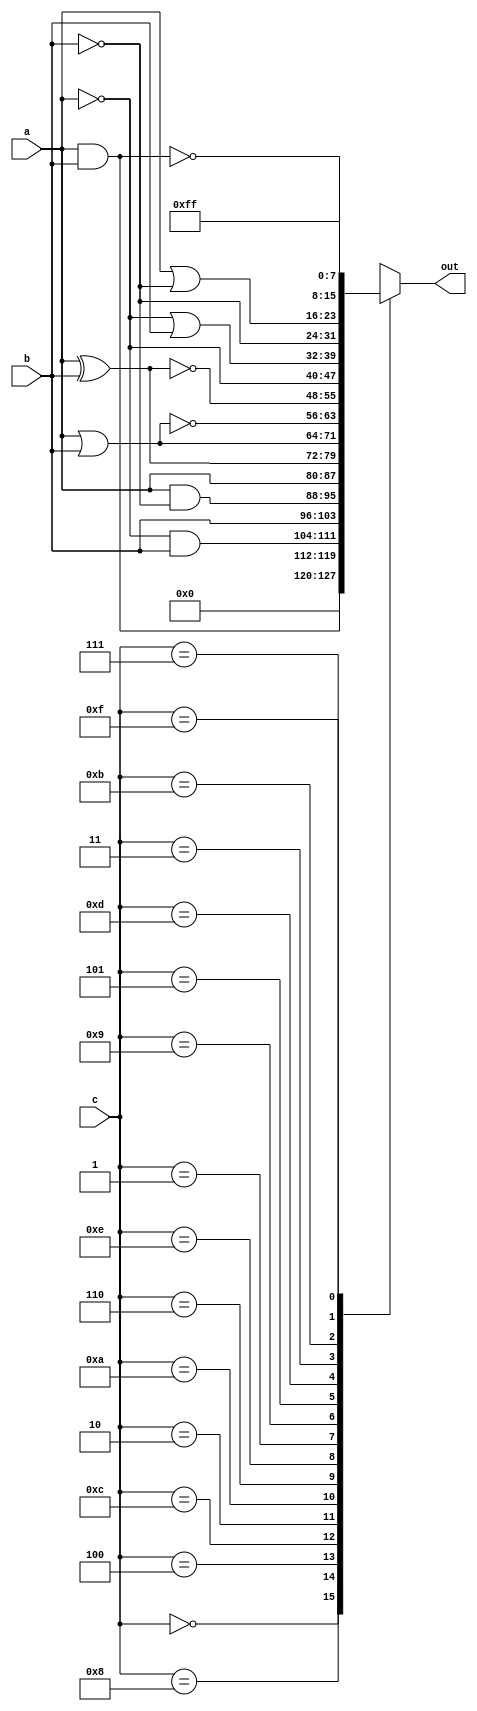
/*
   This file was generated automatically by the Mojo IDE version B1.3.2.
   Do not edit this file directly. Instead edit the original Lucid source.
   This is a temporary file and any changes made to it will be destroyed.
*/

module boolean_10 (
    input [7:0] a,
    input [7:0] b,
    input [3:0] c,
    output reg [7:0] out
  );
  
  
  
  always @* begin
    
    case (c[0+3-:4])
      4'h0: begin
        out = 1'h0;
      end
      4'h8: begin
        out = a & b;
      end
      4'h4: begin
        out = (~a) & b;
      end
      4'hc: begin
        out = b;
      end
      4'h2: begin
        out = a & (~b);
      end
      4'ha: begin
        out = a;
      end
      4'h6: begin
        out = a ^ b;
      end
      4'he: begin
        out = a | b;
      end
      4'h1: begin
        out = ~(a | b);
      end
      4'h9: begin
        out = ~(a ^ b);
      end
      4'h5: begin
        out = ~a;
      end
      4'hd: begin
        out = (~a) | b;
      end
      4'h3: begin
        out = ~b;
      end
      4'hb: begin
        out = a | (~b);
      end
      4'h7: begin
        out = ~(a & b);
      end
      4'hf: begin
        out = 8'hff;
      end
      default: begin
        out = 1'h0;
      end
    endcase
  end
endmodule